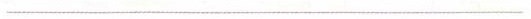
__________________